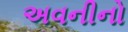
અવનીનો